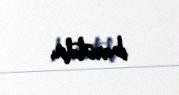
ibarətdir.